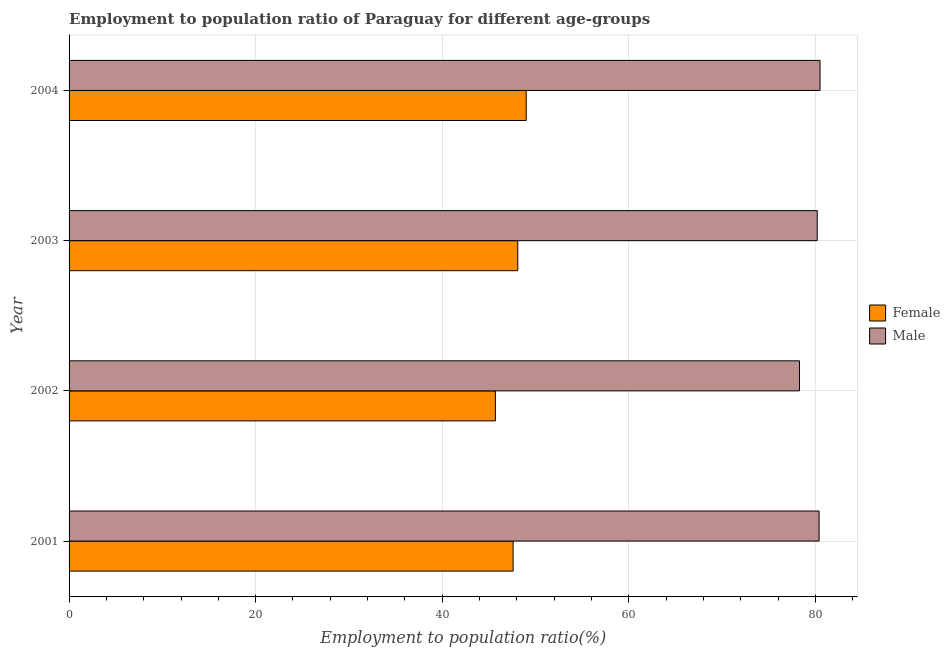
| Year | Female | Male |
 | --- | --- | --- |
 | 2001 | 47.6 | 80.4 |
 | 2002 | 45.7 | 78.3 |
 | 2003 | 48.1 | 80.2 |
 | 2004 | 49 | 80.5 |